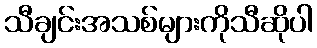
သီချင်းအသစ်များကိုသီဆိုပါ